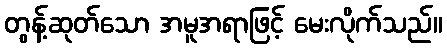
တွန့်ဆုတ်သော အမူအရာဖြင့် မေးလိုက်သည်။